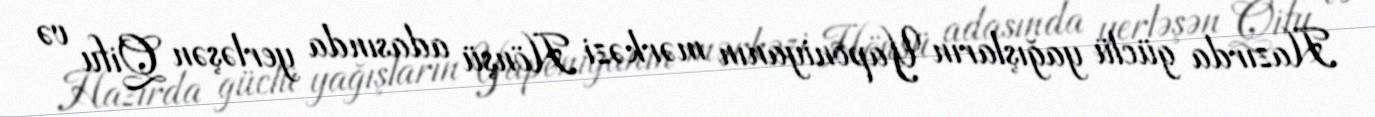
Hazırda güclü yağışların Yaponiyanın mərkəzi Hönşü adasında yerləşən Qifu və